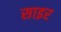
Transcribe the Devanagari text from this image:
साइर